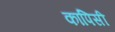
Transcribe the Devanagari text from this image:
कापिसी